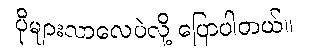
ပိုများလာလေပဲလို့ ပြောပါတယ်။